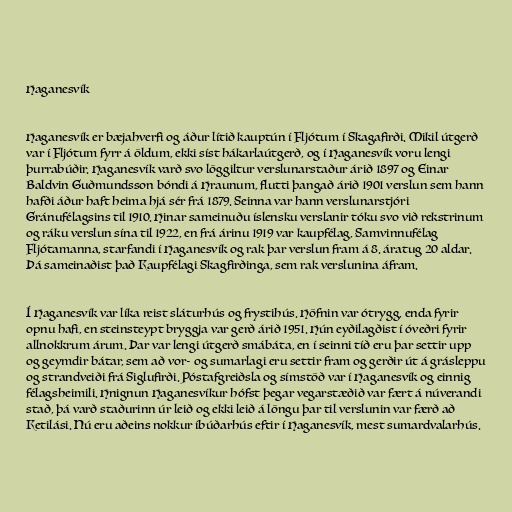
Haganesvík

Haganesvík er bæjahverfi og áður lítið kauptún í Fljótum í Skagafirði. Mikil útgerð
var í Fljótum fyrr á öldum, ekki síst hákarlaútgerð, og í Haganesvík voru lengi
þurrabúðir. Haganesvík varð svo löggiltur verslunarstaður árið 1897 og Einar
Baldvin Guðmundsson bóndi á Hraunum, flutti þangað árið 1901 verslun sem hann
hafði áður haft heima hjá sér frá 1879. Seinna var hann verslunarstjóri
Gránufélagsins til 1910. Hinar sameinuðu íslensku verslanir tóku svo við rekstrinum
og ráku verslun sína til 1922, en frá árinu 1919 var kaupfélag, Samvinnufélag
Fljótamanna, starfandi í Haganesvík og rak þar verslun fram á 8. áratug 20 aldar.
Þá sameinaðist það Kaupfélagi Skagfirðinga, sem rak verslunina áfram.

Í Haganesvík var líka reist sláturhús og frystihús. Höfnin var ótrygg, enda fyrir
opnu hafi, en steinsteypt bryggja var gerð árið 1951. Hún eyðilagðist í óveðri fyrir
allnokkrum árum. Þar var lengi útgerð smábáta, en í seinni tíð eru þar settir upp
og geymdir bátar, sem að vor- og sumarlagi eru settir fram og gerðir út á grásleppu
og strandveiði frá Siglufirði. Póstafgreiðsla og símstöð var í Haganesvík og einnig
félagsheimili. Hnignun Haganesvíkur hófst þegar vegarstæðið var fært á núverandi
stað, þá varð staðurinn úr leið og ekki leið á löngu þar til verslunin var færð að
Ketilási. Nú eru aðeins nokkur íbúðarhús eftir í Haganesvík, mest sumardvalarhús.